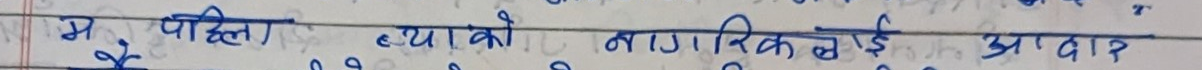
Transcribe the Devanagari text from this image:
म पहिलो ब्याको नागरिक बनाई आदार